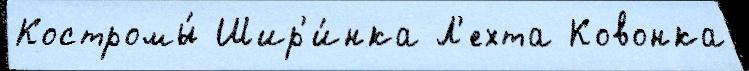
Костромы́ Шир'и́нка Л'ехта Ковонка